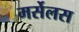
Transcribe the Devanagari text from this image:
मर्सेलस